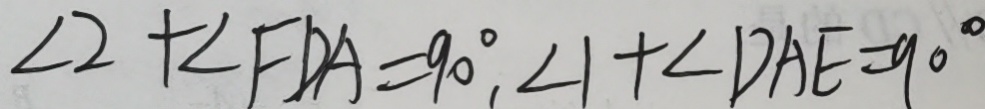
\angle 2 + \angle F D A = 9 0 ^ { \circ } , \angle 1 + \angle D A E = 9 0 ^ { \circ }